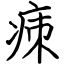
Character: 㾊